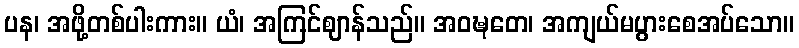
ပန၊ အဖို့တစ်ပါးကား။ ယံ၊ အကြင်ဈာန်သည်။ အဝဍ္ဎတေ၊ အကျယ်မပွားစေအပ်သော။